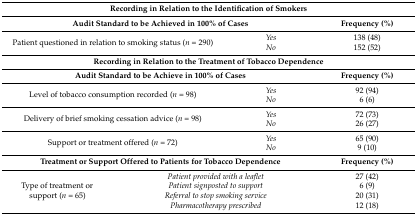
<table><thead><tr><td colspan="4"><b>Recording in Relation to the Identification of Smokers</b></td></tr><tr><td colspan="3"><b>Audit Standard to be Achieved in 100% of Cases</b></td><td><b>Frequency (%)</b></td></tr></thead><tbody><tr><td rowspan="2" colspan="2">Patient questioned in relation to smoking status (<i>n</i> = 290)</td><td><i>Yes</i></td><td>138 (48)</td></tr><tr><td><i>No</i></td><td>152 (52)</td></tr><tr><td colspan="4"><b>Recording in Relation to the Treatment of Tobacco Dependence</b></td></tr><tr><td colspan="3"><b>Audit Standard to be Achieve in 100% of Cases</b></td><td><b>Frequency (%)</b></td></tr><tr><td rowspan="2" colspan="2">Level of tobacco consumption recorded (<i>n</i> = 98)</td><td><i>Yes</i></td><td>92 (94)</td></tr><tr><td><i>No</i></td><td>6 (6)</td></tr><tr><td rowspan="2" colspan="2">Delivery of brief smoking cessation advice (<i>n</i> = 98)</td><td><i>Yes</i></td><td>72 (73)</td></tr><tr><td><i>No</i></td><td>26 (27)</td></tr><tr><td rowspan="2" colspan="2">Support or treatment offered (<i>n</i> = 72)</td><td><i>Yes</i></td><td>65 (90)</td></tr><tr><td><i>No</i></td><td>9 (10)</td></tr><tr><td colspan="3"><b>Treatment or Support Offered to Patients for Tobacco Dependence</b></td><td><b>Frequency (%)</b></td></tr><tr><td rowspan="4">Type of treatment or support (<i>n</i> = 65)</td><td colspan="2"><i>Patient provided with a leaflet</i></td><td>27 (42)</td></tr><tr><td colspan="2"><i>Patient signposted to support</i></td><td>6 (9)</td></tr><tr><td colspan="2"><i>Referral to stop smoking service</i></td><td>20 (31)</td></tr><tr><td colspan="2"><i>Pharmacotherapy prescribed</i></td><td>12 (18)</td></tr></tbody></table>